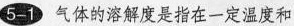
5-1 气体的溶解度是指在一定温度和